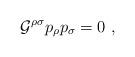
LaTeX: \begin{align*}{\cal G}^{\rho\sigma}p_\rho p_\sigma=0\ ,\end{align*}